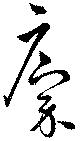
廩